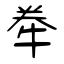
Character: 牶